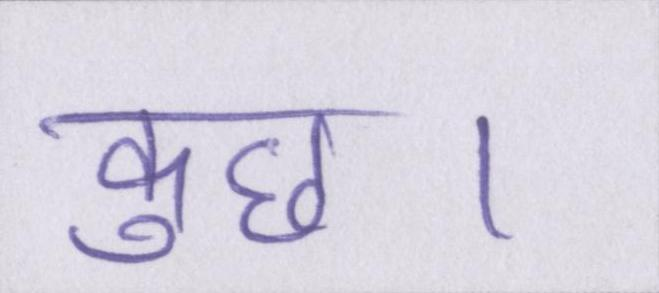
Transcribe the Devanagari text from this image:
कुछ।